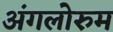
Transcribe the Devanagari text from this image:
अंगलोरुम